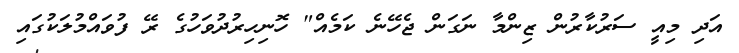
އަދި މިއީ ސަރުކާރުން ޒިންމާ ނަގަން ޖެހޭނެ ކަމެއް" ހޮނިހިރުދުވަހުގެ ރޭ ފުވައްމުލަކުގައި